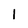
Character: I